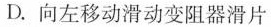
D.向左移动滑动变阻器滑片